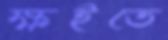
ক্ষইতে